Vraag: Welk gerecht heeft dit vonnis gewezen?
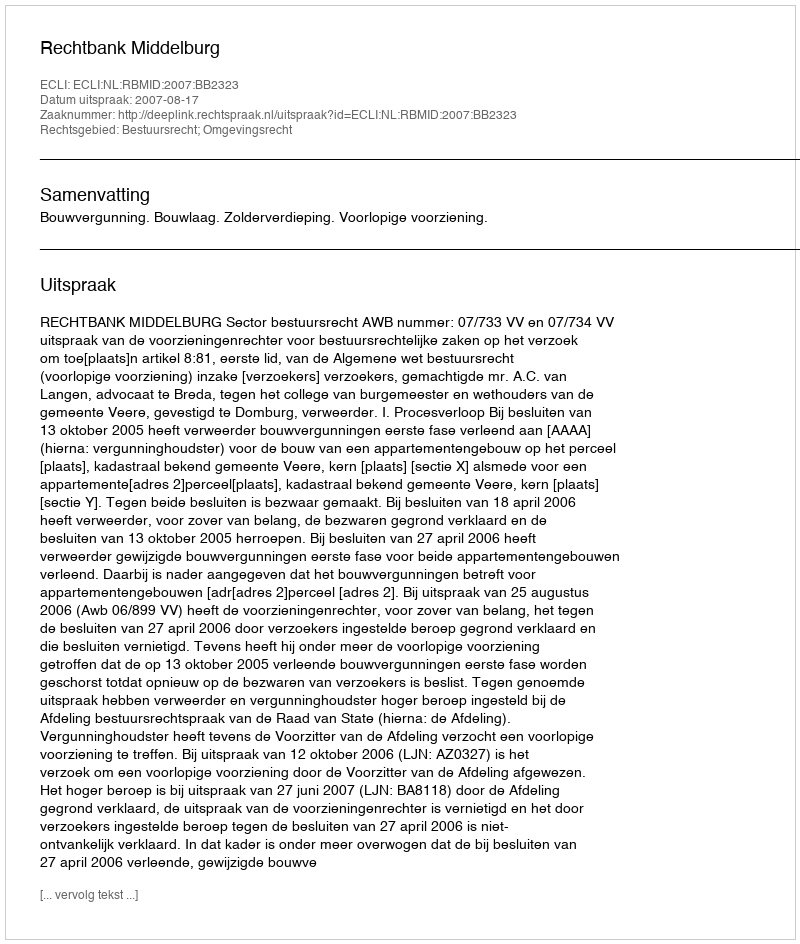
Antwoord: Rechtbank Middelburg